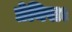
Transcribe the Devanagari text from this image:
प्रेनिस।